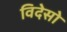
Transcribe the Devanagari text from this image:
विदेसो